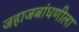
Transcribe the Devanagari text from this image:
जहाजबांधणीला